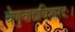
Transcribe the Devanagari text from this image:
वेणुवाद्यविशारदः।